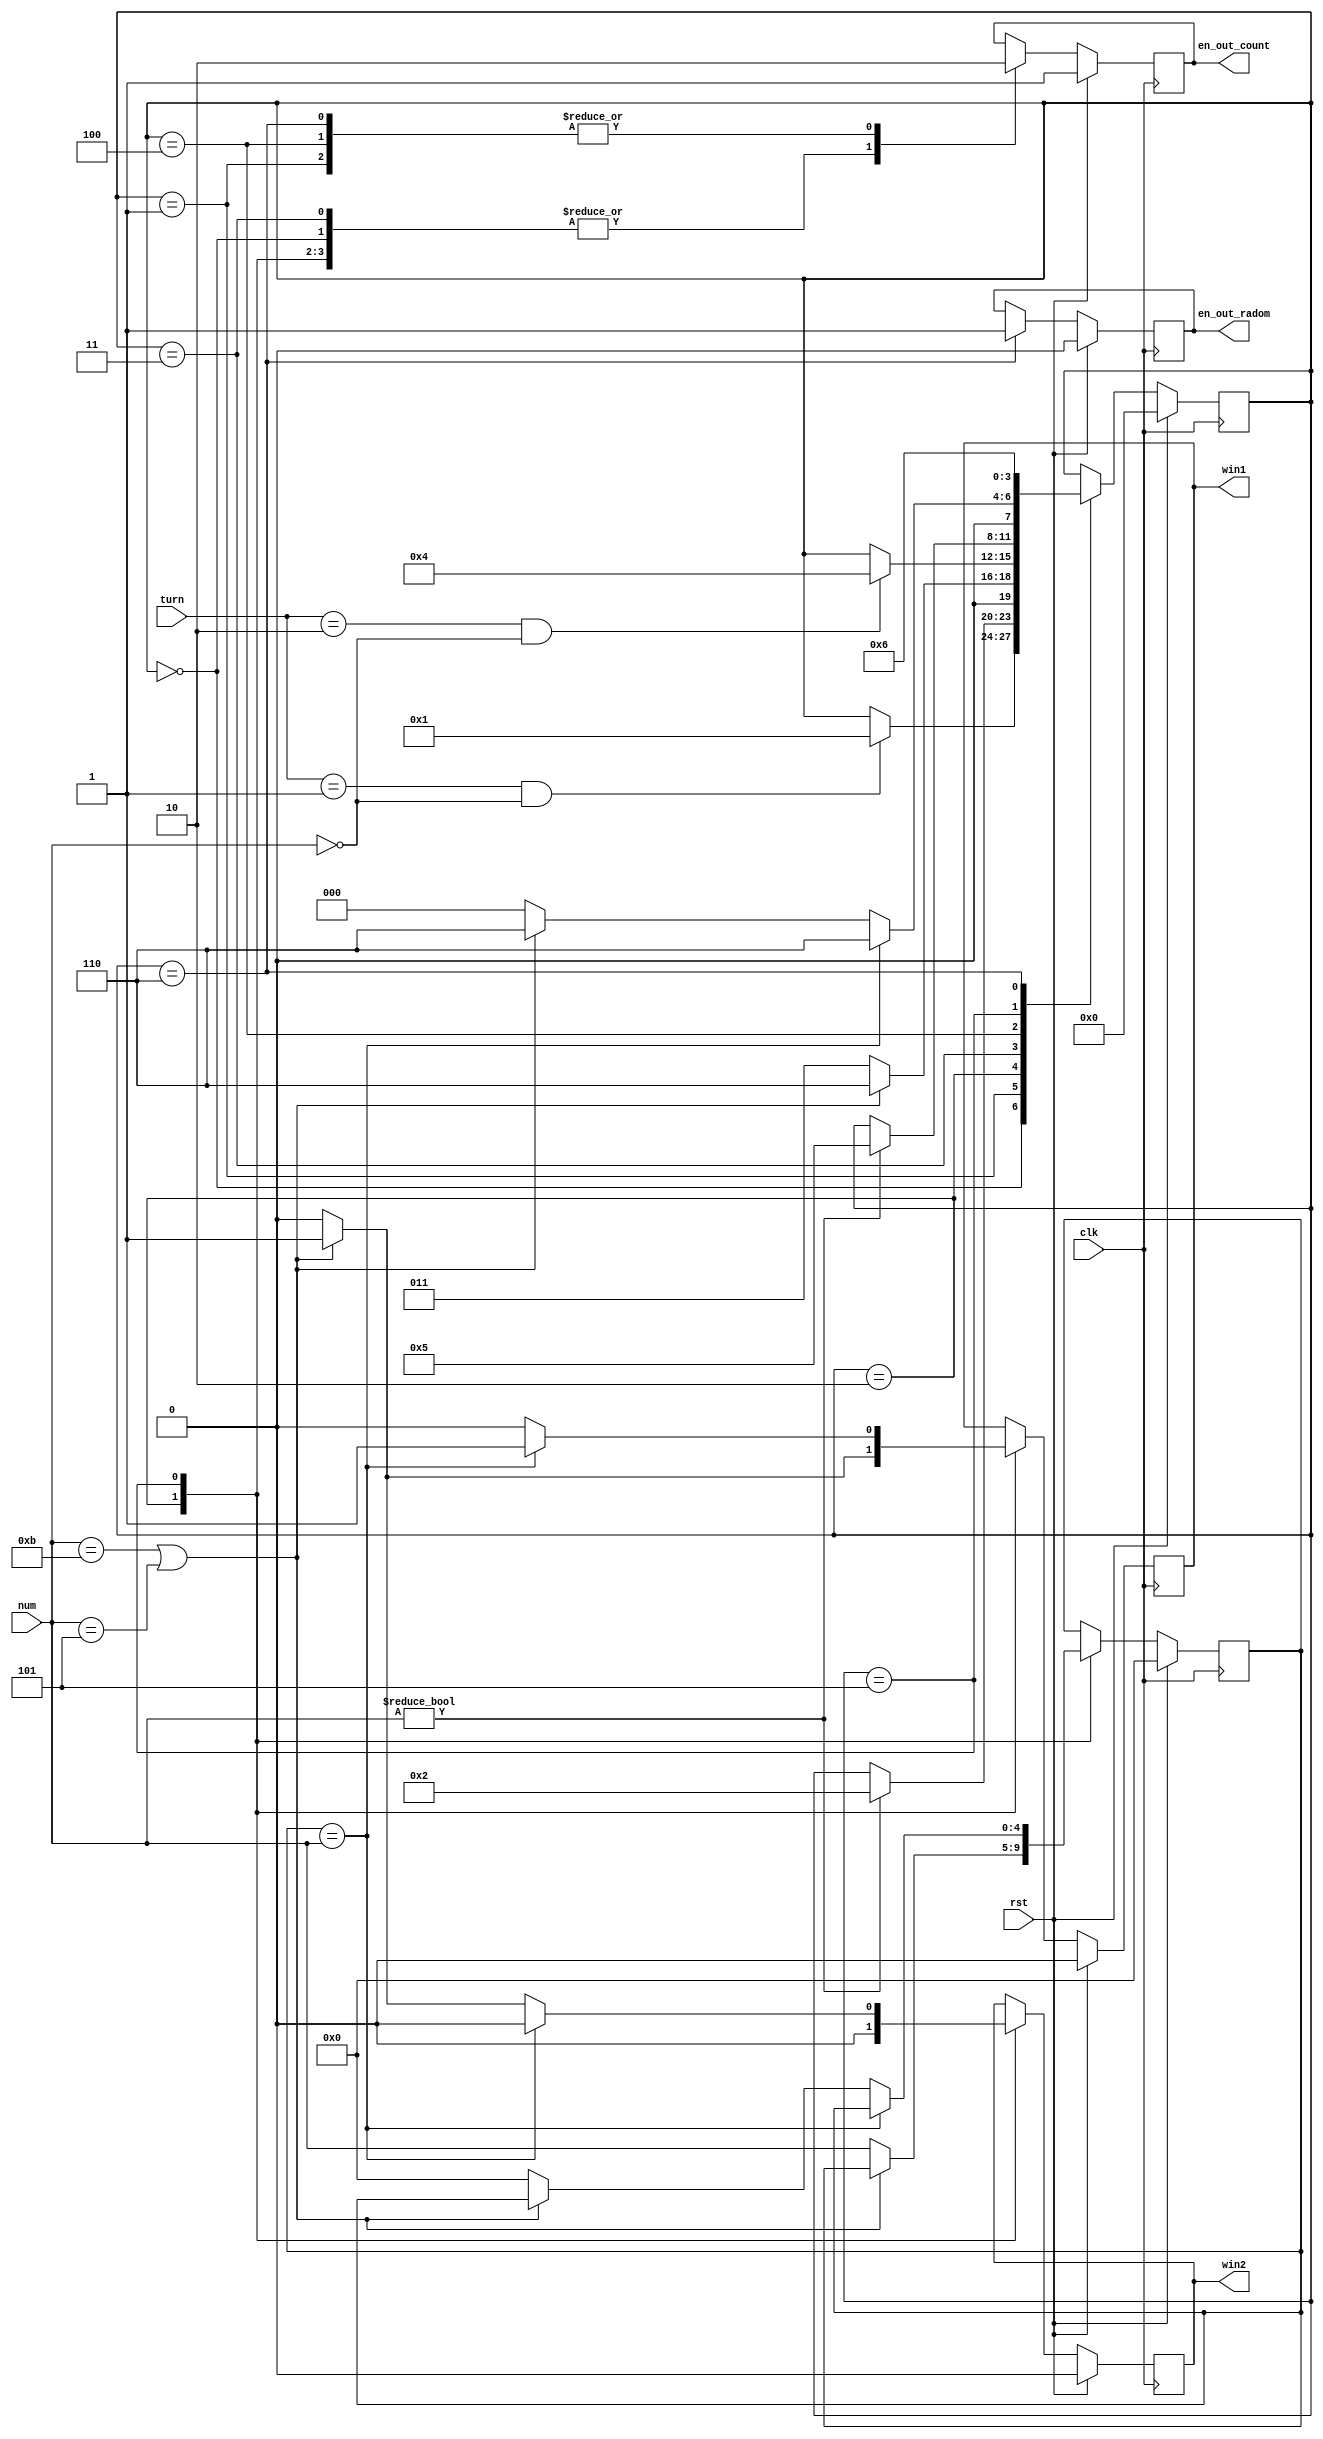
module rules(win1,win2,en_out_count,en_out_radom,turn,rst,num,clk);
  input clk,rst;
  input [4:0]num;
  input [3:0]turn;
  output win1,win2;
  output en_out_count,en_out_radom;
  reg en_out_count,en_out_radom;
  reg [4:0]e;
  reg win1,win2;
  reg [0:3]a;
always @(posedge clk)
begin
	if(rst==0)begin
	case(a)
		4'b0000:begin
			en_out_count<=1;
			if(turn==1&&num==0)
				a<=4'b0001;
		end
		4'b0001:begin
			en_out_count<=0;
			if(num!=0)
				a<=4'b0010;
		end
		4'b0010:begin
			en_out_count<=1;
			if(num==11||num==5)
				begin
					win1<=1;
					win2<=0;
					a<=4'b0110;
				end
			else
				begin
					win1<=0;
					win2<=0;
					e<=num;
					a<=4'b0011;
				end
		end
		4'b0011:begin
			en_out_count<=1;
			if(turn==2&&num==0)
				a<=4'b0100;
		end
		4'b0100:begin
			en_out_count<=0;
			if(num!=0)
				a<=4'b0101;
		end
		4'b0101:begin
			en_out_count<=1;
			if(e==num)
				begin
					win1<=1;
					win2<=0;
					a<=4'b0110;
				end
			else
				begin
					if(num==5||num==11)
					begin
						win1<=0;
						win2<=1;
						a<=4'b0110;
					end
					else
					begin
						win1<=0;
						win2<=0;
						e<=0;
						a<=4'b0000;
					end
				end
		end
		4'b0110:begin
			a<=4'b0110;
			en_out_radom<=1;
			en_out_count<=0;
		end
	endcase
	end
	else
		begin
			en_out_radom<=0;
			en_out_count<=1;
			win1<=0;
			win2<=0;
			e<=0;
			a<=4'b0000;
		end
end
endmodule